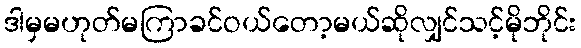
ဒါမှမဟုတ်မကြာခင်ဝယ်တော့မယ်ဆိုလျှင်သင့်မိုဘိုင်း